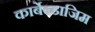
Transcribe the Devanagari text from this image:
कार्बेन्डाजिम